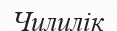
Чилилік